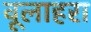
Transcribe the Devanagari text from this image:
वूलाहरा